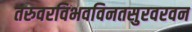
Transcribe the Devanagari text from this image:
तरुवरविभवविनतसुरवरवन